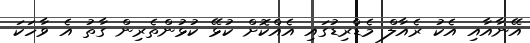
އޭނާއާއި އެކު ރެއާލް މެޑްރިޑުގައި އެއްކޮށް ކުޅޭ ކުޅުންތެރިން ގާތު އެ ވާހަކަ